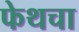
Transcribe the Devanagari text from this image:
फेथचा